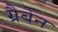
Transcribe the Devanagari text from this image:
ग्रैबेन